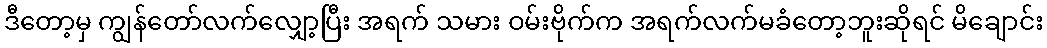
ဒီတော့မှ ကျွန်တော်လက်လျှော့ပြီး အရက် သမား ဝမ်းဗိုက်က အရက်လက်မခံတော့ဘူးဆိုရင် မိချောင်း